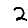
Digit: 2